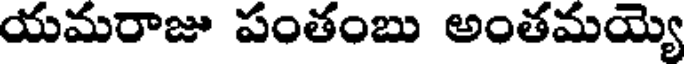
యమరాజు పంతంబు అంతమయ్యె